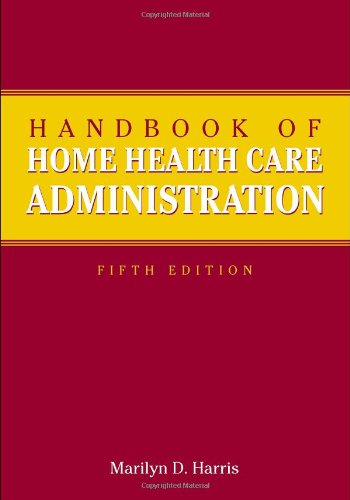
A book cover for Handbook Of Home Health Care Administration; Marilyn D. Harris; Medical Books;